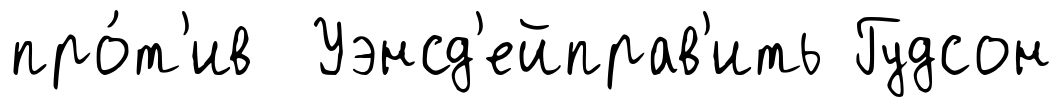
про́т'ив Уэнсд'ейправ'ить Гудсон